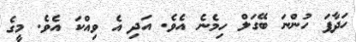
ހަދާފަ ހުންނަ ބޭގަލް ހިމެނެ އެވެ. އަދި އެ ވިއްކަ އެވެ. މީގެ